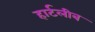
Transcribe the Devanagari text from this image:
हार्टलीब